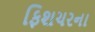
ફિશચરના